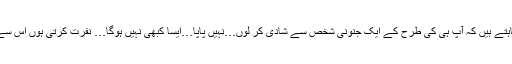
’’میرے ساتھ نا انصافیاں کیں… اور اب چاہتے ہیں کہ آپ ہی کی طرح کے ایک جنونی شخص سے شادی کر لوں…نہیں پاپا…ایسا کبھی نہیں ہوگا… نفرت کرتی ہوں اس سے، اس خاندان سے اور آپ سے بھی…پاپا!